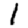
Digit: 1